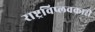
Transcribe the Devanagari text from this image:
राष्ट्रविप्लवकारी